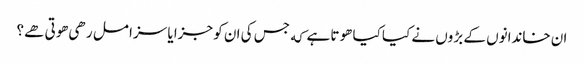
ان خاندانوں کے بڑوں نے کیا کیا هوتا ہے که جس کی ان کو جزا یا سزا مل رهی هوتی هے؟